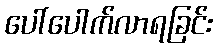
ပေါ်ပေါက်လာရခြင်း